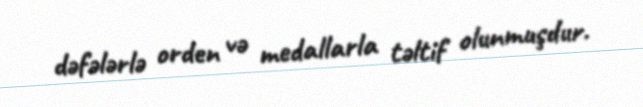
dəfələrlə orden və medallarla təltif olunmuşdur.